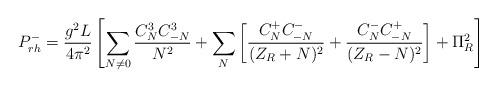
LaTeX: \begin{align*}P^-_{rh} = {g^2 L \over 4\pi^2} \left[\sum_{N \neq 0}{C^3_N C^3_{-N} \over N^2} +\sum_N \left [{C^+_N C^-_{-N} \over (Z_R+N)^2} + {C^-_{N} C^+_{-N} \over (Z_R-N)^2} \right ]+\Pi^2_R \right]\end{align*}